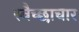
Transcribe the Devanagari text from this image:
स्‍वैच्‍छाचार